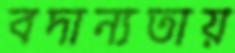
বদান্যতায়